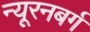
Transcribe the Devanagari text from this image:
न्यूरनबर्ग